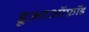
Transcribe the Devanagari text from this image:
डूआऑफ़ॉड